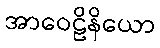
အာဝေဠိနိယော